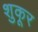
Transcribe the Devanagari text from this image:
शुकूर